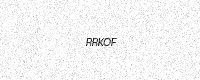
Text: RRKOF